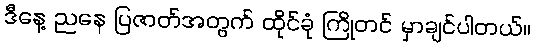
ဒီနေ့ ညနေ ပြဇာတ်အတွက် ထိုင်ခုံ ကြိုတင် မှာချင်ပါတယ်။